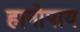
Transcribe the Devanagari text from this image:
हानोपाय